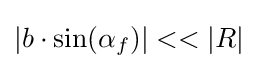
|b\cdot \sin(\alpha _{f})|<<|R|